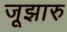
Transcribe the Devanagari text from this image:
जूझारु